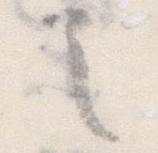
言